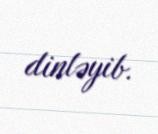
dinləyib.